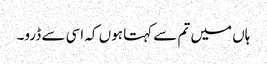
ہاں میں تم سے کہتا ہوں کہ اسی سے ڈرو۔